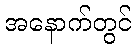
အနောက်တွင်